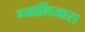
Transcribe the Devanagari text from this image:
ग्यालियारा